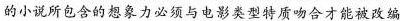
的小说所包念的想象力必须与电影类型特质吻合才能被改编